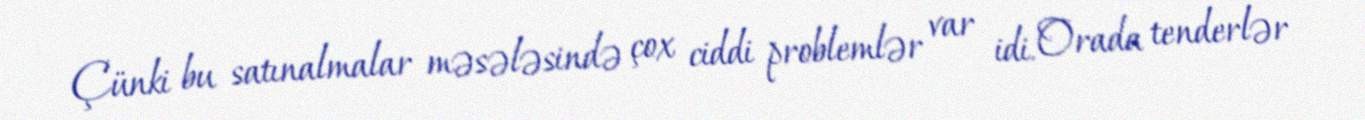
Çünki bu satınalmalar məsələsində çox ciddi problemlər var idi. Orada tenderlər